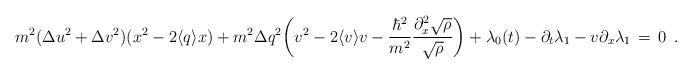
LaTeX: \begin{align*}m^{2}({\Delta u}^2+{\Delta v}^2)(x^2-2\langle q \rangle x)+ m^2{\Delta q}^2\bigg( v^2-2 \langle v \rangle v -\frac{\hbar^2}{m^2} \frac{ \partial_{x}^2 \sqrt{\rho} }{ \sqrt{\rho} } \bigg)+ \lambda_0 (t)- \partial_{t}\lambda_1-v\partial_{x}\lambda_1\,=\,0 \;\,.\end{align*}